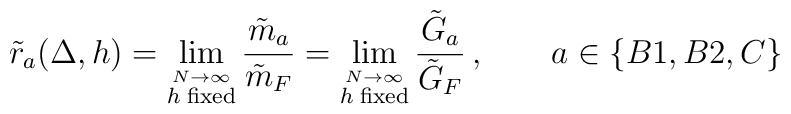
\tilde{r}_{a}(\Delta,h)=\lim_{\stackrel{N\to\infty}{h\;\mathrm{fixed}}}\frac{\tilde{m}_{a}}{\tilde{m}_{F}}=\lim_{\stackrel{N\to\infty}{h\;\mathrm{fixed}}}\frac{\tilde{G}_{a}}{\tilde{G}_{F}}\, ,\qquad a\in\{B1,B2,C\}